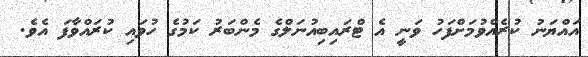
އައްޔަނު ކުރެއްވުމަށްފަހު ވަނީ އެ ޓްރައިބިއުނަލްގެ މެންބަރު ކަމުގެ ހުވައި ކުރައްވާފަ އެވެ.